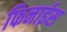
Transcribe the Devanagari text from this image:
फिनाईस